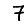
Digit: 7